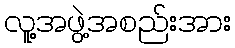
လူ့အဖွဲ့အစည်းအား